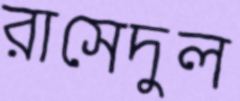
রাসেদুল